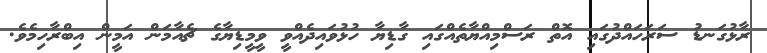
ރާޅުގަނޑު ސަރަހައްދުގައި އޮތް ރަސްމިއްޔާތެއްގައި ގާޑިޔާ ހުޅުވައިދެއްވީ ވީމީޑިޔާގެ ޗެއާމަން އަމީން އިބްރާހިމެވެ.